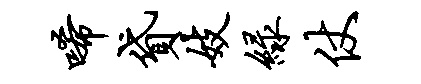
唏贷妓绿仗